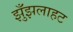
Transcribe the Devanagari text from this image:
झुँझलाहट